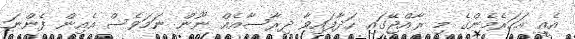
އެއީ އަހަރެމެންގެ މި ރާއްޖޭގައި ހަދާފައިވާ ދިރާސާއެއް ނޫން ނަމަވެސް އެއިން ފެންނަ